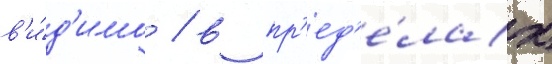
в'и́д'имо / в пр'ед'е́лах